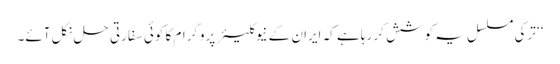
‘‘ ترکی مسلسل یہ کوشش کر رہا ہے کہ ایران کے نیوکلیئر پروگرام کا کوئی سفارتی حل نکل آئے۔